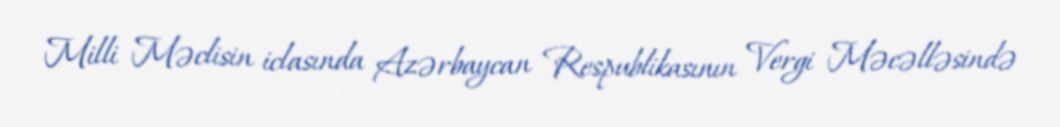
Milli Məclisin iclasında Azərbaycan Respublikasının Vergi Məcəlləsində